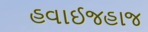
હવાઈજહાજ